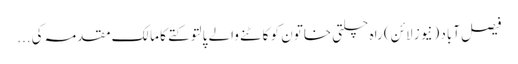
فیصل آباد (نیوز لائن) راہ چلتی خاتون کو کاٹنے والے پالتو کتے کا مالک مقدمہ کی...